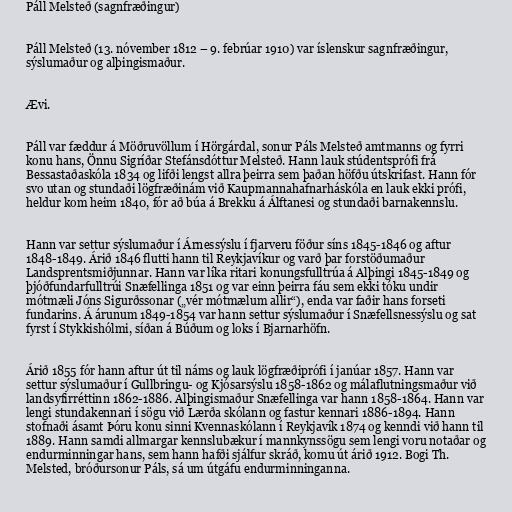
Páll Melsteð (sagnfræðingur)

Páll Melsteð (13. nóvember 1812 – 9. febrúar 1910) var íslenskur sagnfræðingur,
sýslumaður og alþingismaður.

Ævi.

Páll var fæddur á Möðruvöllum í Hörgárdal, sonur Páls Melsteð amtmanns og fyrri
konu hans, Önnu Sigríðar Stefánsdóttur Melsteð. Hann lauk stúdentsprófi frá
Bessastaðaskóla 1834 og lifði lengst allra þeirra sem þaðan höfðu útskrifast. Hann fór
svo utan og stundaði lögfræðinám við Kaupmannahafnarháskóla en lauk ekki prófi,
heldur kom heim 1840, fór að búa á Brekku á Álftanesi og stundaði barnakennslu.

Hann var settur sýslumaður í Árnessýslu í fjarveru föður síns 1845-1846 og aftur
1848-1849. Árið 1846 flutti hann til Reykjavíkur og varð þar forstöðumaður
Landsprentsmiðjunnar. Hann var líka ritari konungsfulltrúa á Alþingi 1845-1849 og
þjóðfundarfulltrúi Snæfellinga 1851 og var einn þeirra fáu sem ekki tóku undir
mótmæli Jóns Sigurðssonar („vér mótmælum allir“), enda var faðir hans forseti
fundarins. Á árunum 1849-1854 var hann settur sýslumaður í Snæfellsnessýslu og sat
fyrst í Stykkishólmi, síðan á Búðum og loks í Bjarnarhöfn.

Árið 1855 fór hann aftur út til náms og lauk lögfræðiprófi í janúar 1857. Hann var
settur sýslumaður í Gullbringu- og Kjósarsýslu 1858-1862 og málaflutningsmaður við
landsyfirréttinn 1862-1886. Alþingismaður Snæfellinga var hann 1858-1864. Hann var
lengi stundakennari í sögu við Lærða skólann og fastur kennari 1886-1894. Hann
stofnaði ásamt Þóru konu sinni Kvennaskólann í Reykjavík 1874 og kenndi við hann til
1889. Hann samdi allmargar kennslubækur í mannkynssögu sem lengi voru notaðar og
endurminningar hans, sem hann hafði sjálfur skráð, komu út árið 1912. Bogi Th.
Melsted, bróðursonur Páls, sá um útgáfu endurminninganna.